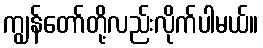
ကျွန်တော်တို့လည်းလိုက်ပါမယ်။